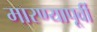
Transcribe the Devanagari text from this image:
मारण्यापूर्वी